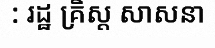
: រដ្ឋ គ្រិស្ត សាសនា